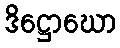
ဒိဋ္ဌောဃော